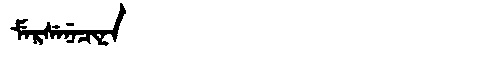
Manchu: ᠮᡝᡵᠰᡝᠨᡝᠴᡳᠨᠠ
Romanization: MERSENECINA